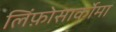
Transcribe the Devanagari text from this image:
लिंफ़ोसार्कोमा